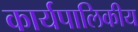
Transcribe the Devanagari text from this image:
कार्यपालिकीय